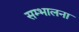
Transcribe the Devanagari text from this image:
सम्भालना